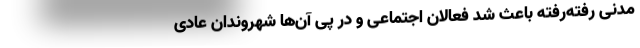
مدنی رفته‌رفته باعث شد فعالان اجتماعی و در پی آن‌ها شهروندان عادی